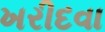
ખરીદવા